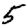
Digit: 5